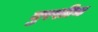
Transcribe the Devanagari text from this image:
बुरशीच